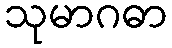
သုမာဂဓာ